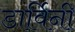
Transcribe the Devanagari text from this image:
डार्विनी